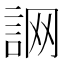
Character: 𧧜